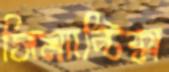
সিম্যান্টিক্স